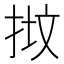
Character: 𢭷